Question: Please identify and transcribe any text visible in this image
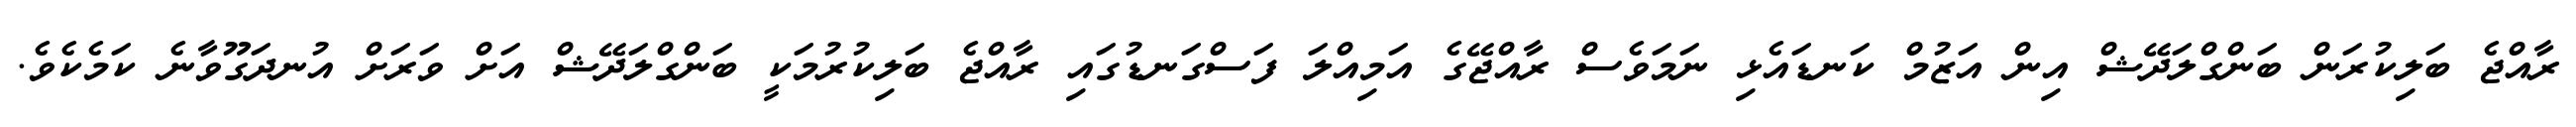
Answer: ރާއްޖެ ބަލިކުރަން ބަންގްލަދޭޝް އިން އަޒުމް ކަނޑައެޅި ނަމަވެސް ރާއްޖޭގެ އަމިއްލަ ފަސްގަނޑުގައި ރާއްޖެ ބަލިކުރުމަކީ ބަންގްލަދޭޝް އަށް ވަރަށް އުނދަގޫވާނެ ކަމެކެވެ.